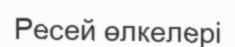
Ресей өлкелері